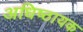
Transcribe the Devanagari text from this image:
अधिष्ठायक